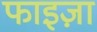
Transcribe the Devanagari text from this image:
फाइज़ा